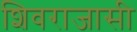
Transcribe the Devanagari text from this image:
शिवराजासी